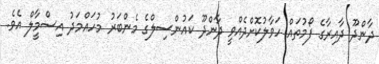
ދާންދޫ ދާއިރާގެ ފޯމުތައް ހަވާލުކޮށްދެއްވީ ދާންދޫ ކައުންސިލްގެ މެންބަރު މުހައްމަދު އިސްމާީލް އެވެ.